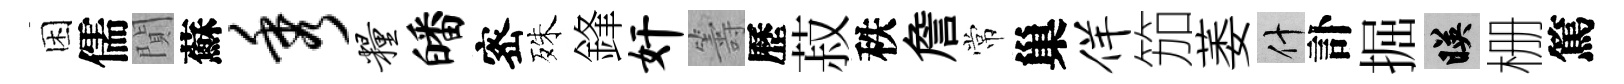
困儒閴蘇秀粮皤宻殊鋒奸籌歷菽秩詹常巢佯笳萎什訃掘映栅篤